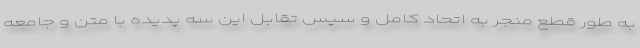
به طور قطع منجر به اتحاد کامل و سپس تقابل این سه پدیده با متن و جامعه